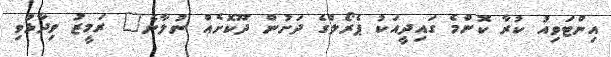
އިންޓަވިއު ކުރާ ކޮންމެ ގައިދީއަކު ޕެރޯލްގެ ދަށުން ދޫކޮށެއް ނުލާނެ" ރަމީޒު ވިދާޅުވި